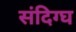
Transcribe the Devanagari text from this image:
संदिग्घ